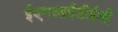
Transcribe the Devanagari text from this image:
ईएमआईडीईसी